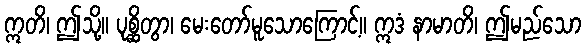
ဣတိ၊ ဤသို့။ ပုစ္ဆိတွာ၊ မေးတော်မူသောကြောင့်။ ဣဒံ နာမာတိ၊ ဤမည်သော